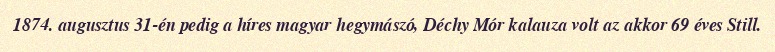
1874. augusztus 31-én pedig a híres magyar hegymászó, Déchy Mór kalauza volt az akkor 69 éves Still.